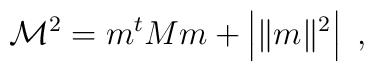
\mathcal{M}^2 = m^t M m + \left| \| m \|^2 \right|\ ,